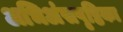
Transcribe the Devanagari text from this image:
अभिअंसपृष्ठिका